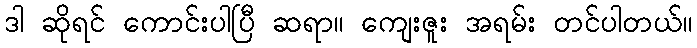
ဒါ ဆိုရင် ကောင်းပါပြီ ဆရာ။ ကျေးဇူး အရမ်း တင်ပါတယ်။